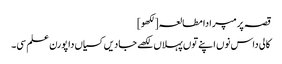
قصہ پرمپرا دا مطالعہ[لکھو]
کالی داس نوں اپنے توں پہلاں لکھے جادیں کسیاں دا پورن علم سی۔